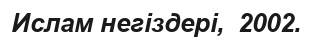
Ислам негіздері,  2002.